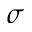
\sigma